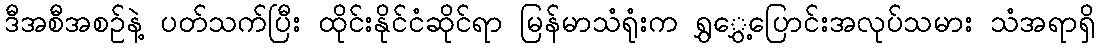
ဒီအစီအစဉ်နဲ့ ပတ်သက်ပြီး ထိုင်းနိုင်ငံဆိုင်ရာ မြန်မာသံရုံးက ရွှွှေ့ပြောင်းအလုပ်သမား သံအရာရှိ